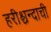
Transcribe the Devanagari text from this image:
हरीश्चन्दाची